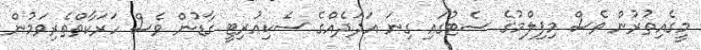
މީގެއިތުރުން ވެސް މިފިލްމުގެ ސެޓުގައި ގިނަ އަދަދެއްގެ ސެކިއުރިޓީ ގާޑުން ވެސް ހަރަކާތްތެރިވަމުން